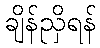
ချိန်ညှိရန်